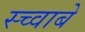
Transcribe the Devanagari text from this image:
स्च्वाबे